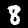
Label: 8